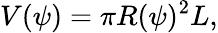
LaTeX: V(\psi)=\pi R(\psi)^{2}L,